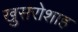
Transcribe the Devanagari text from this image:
खुसरोशाह